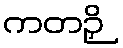
ကတဉှိ